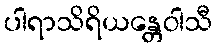
ပါရာသိရိယန္တေဝါသီ